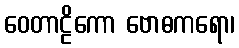
ဝေတာဠိကော ဗောဓကရော၊